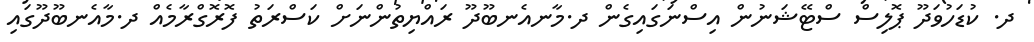
ދ. ކުޑަހުވަދޫ ޕޮލިސް ސްޓޭޝަނުން އިސްނަގައިގެން ދ.މާނއެނބޫދޫ ރައްޔިތުންނަށް ކަސްރަތު ފޮރޮގްރާމެއް ދ.މާއެނބޫދޫގައި